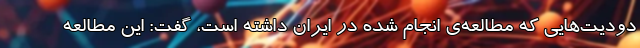
دودیت‌هایی که مطالعه‌ی انجام شده در ایران داشته است، گفت: این مطالعه